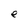
Character: e